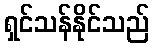
ရှင်သန်နိုင်သည်